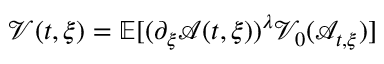
\mathcal { V } ( t , \xi ) = \mathbb { E } [ ( \partial _ { \xi } \mathcal { A } ( t , \xi ) ) ^ { \lambda } \mathcal { V } _ { 0 } ( \mathcal { A } _ { t , \xi } ) ]